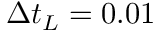
\Delta t _ { L } = 0 . 0 1